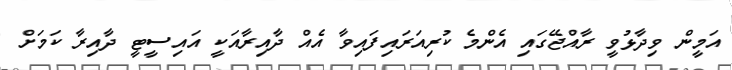
އަމީން ވިދާޅުވީ ރާއްޖޭގައި އެންމެ ކުރިއަރައިފައިވާ އެއް ދާއިރާއަކީ އައިސީޓީ ދާއިރާ ކަމަށް